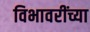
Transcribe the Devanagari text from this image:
विभावरींच्या